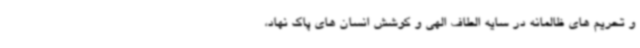
و تحریم های ظالمانه در سایه الطاف الهی و کوشش انسان های پاک نهاد،